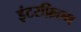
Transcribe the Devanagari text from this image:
इंटरफ़िल्म